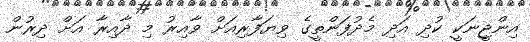
އިންޖީނަކީ ކުދި އަދި މެދުފަންތީގެ ވިޔަފާރިއަށް ވާއިރު މި ދާއިރާ އަށް ދިރުން